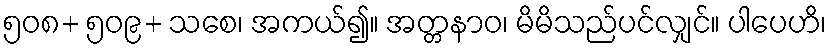
၅၀၈+ ၅၀၉+ သစေ၊ အကယ်၍။ အတ္တနာဝ၊ မိမိသည်ပင်လျှင်။ ပါပေဟိ၊